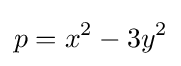
p=x^{2}-3y^{2}